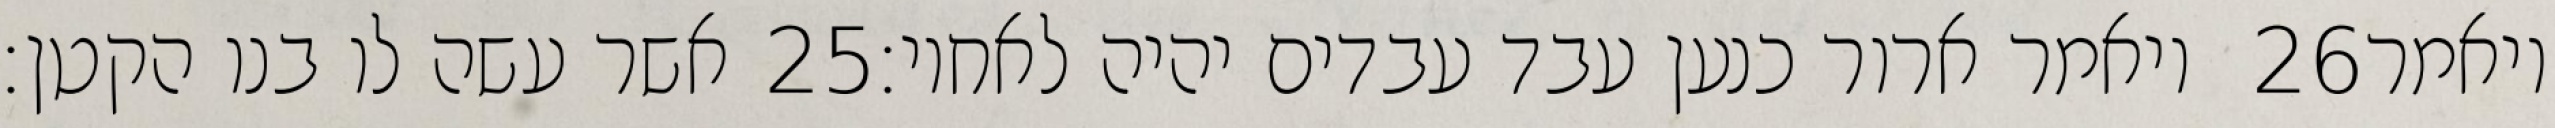
אשר עשה לו בנו הקטן׃ ‎25‏ ויאמר ארור כנען עבד עבדים יהיה לאחיו׃ ‎26‏ ויאמר